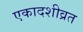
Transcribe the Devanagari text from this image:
एकादशीव्रत